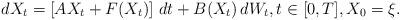
LaTeX: \begin{align*}dX_t= \left[ AX_t + F(X_t) \right] \,dt + B(X_t) \,dW_t, t\in[0,T],X_0=\xi.\end{align*}